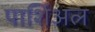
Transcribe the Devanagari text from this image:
पार्शिअल